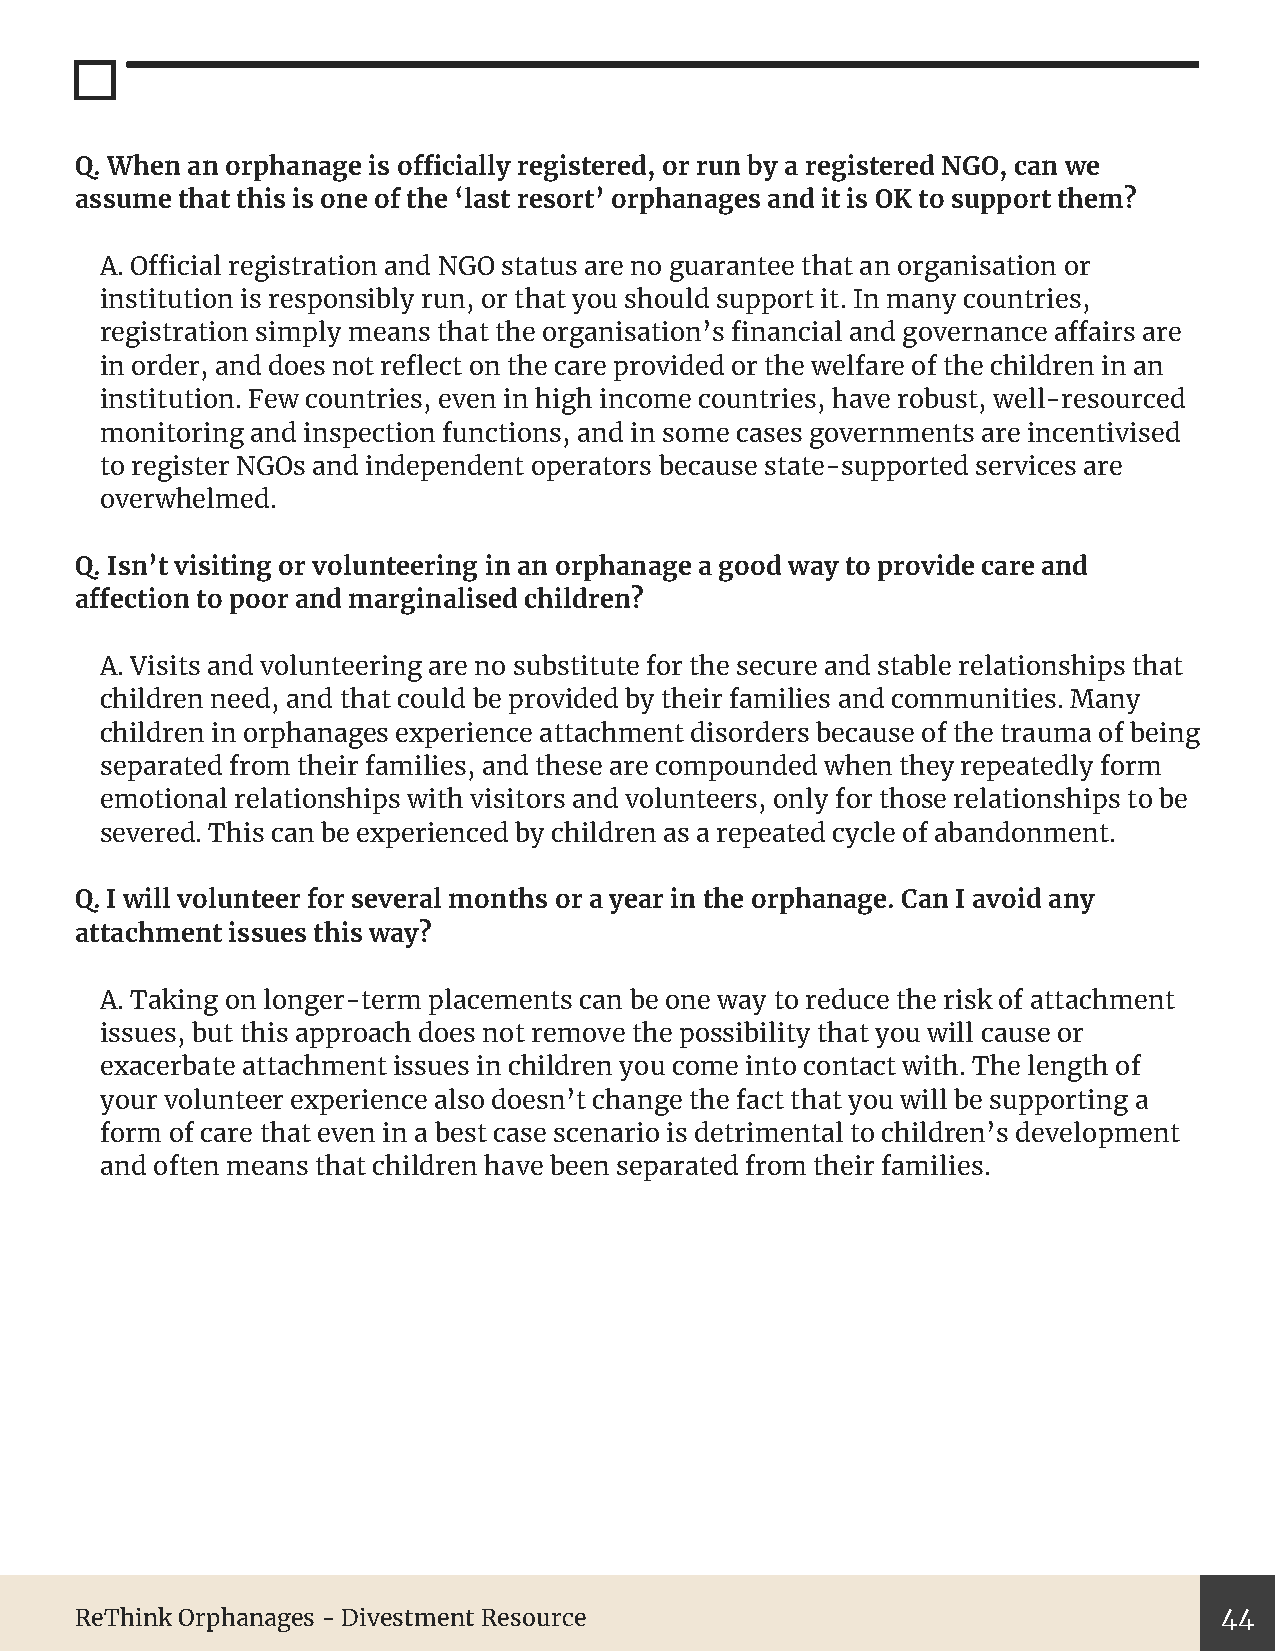
Q. When an orphanage is officially registered, or run by a registered NGO, can we
 assume that this is one of the ‘last resort’ orphanages and it is OK to support them?
 A. Official registration and NGO status are no guarantee that an organisation or
 institution is responsibly run, or that you should support it. In many countries,
 registration simply means that the organisation’s financial and governance affairs are
 in order, and does not reflect on the care provided or the welfare of the children in an
 institution. Few countries, even in high income countries, have robust, well-resourced
 monitoring and inspection functions, and in some cases governments are incentivised
 to register NGOs and independent operators because state-supported services are
 overwhelmed.
 Q. Isn’t visiting or volunteering in an orphanage a good way to provide care and
 affection to poor and marginalised children?
 A. Visits and volunteering are no substitute for the secure and stable relationships that
 children need, and that could be provided by their families and communities. Many
 children in orphanages experience attachment disorders because of the trauma of being
 separated from their families, and these are compounded when they repeatedly form
 emotional relationships with visitors and volunteers, only for those relationships to be
 severed. This can be experienced by children as a repeated cycle of abandonment.
 Q. I will volunteer for several months or a year in the orphanage. Can I avoid any
 attachment issues this way?
 A. Taking on longer-term placements can be one way to reduce the risk of attachment
 issues, but this approach does not remove the possibility that you will cause or
 exacerbate attachment issues in children you come into contact with. The length of
 your volunteer experience also doesn’t change the fact that you will be supporting a
 form of care that even in a best case scenario is detrimental to children’s development
 and often means that children have been separated from their families.
 ReThink Orphanages - Divestment Resource                                    44